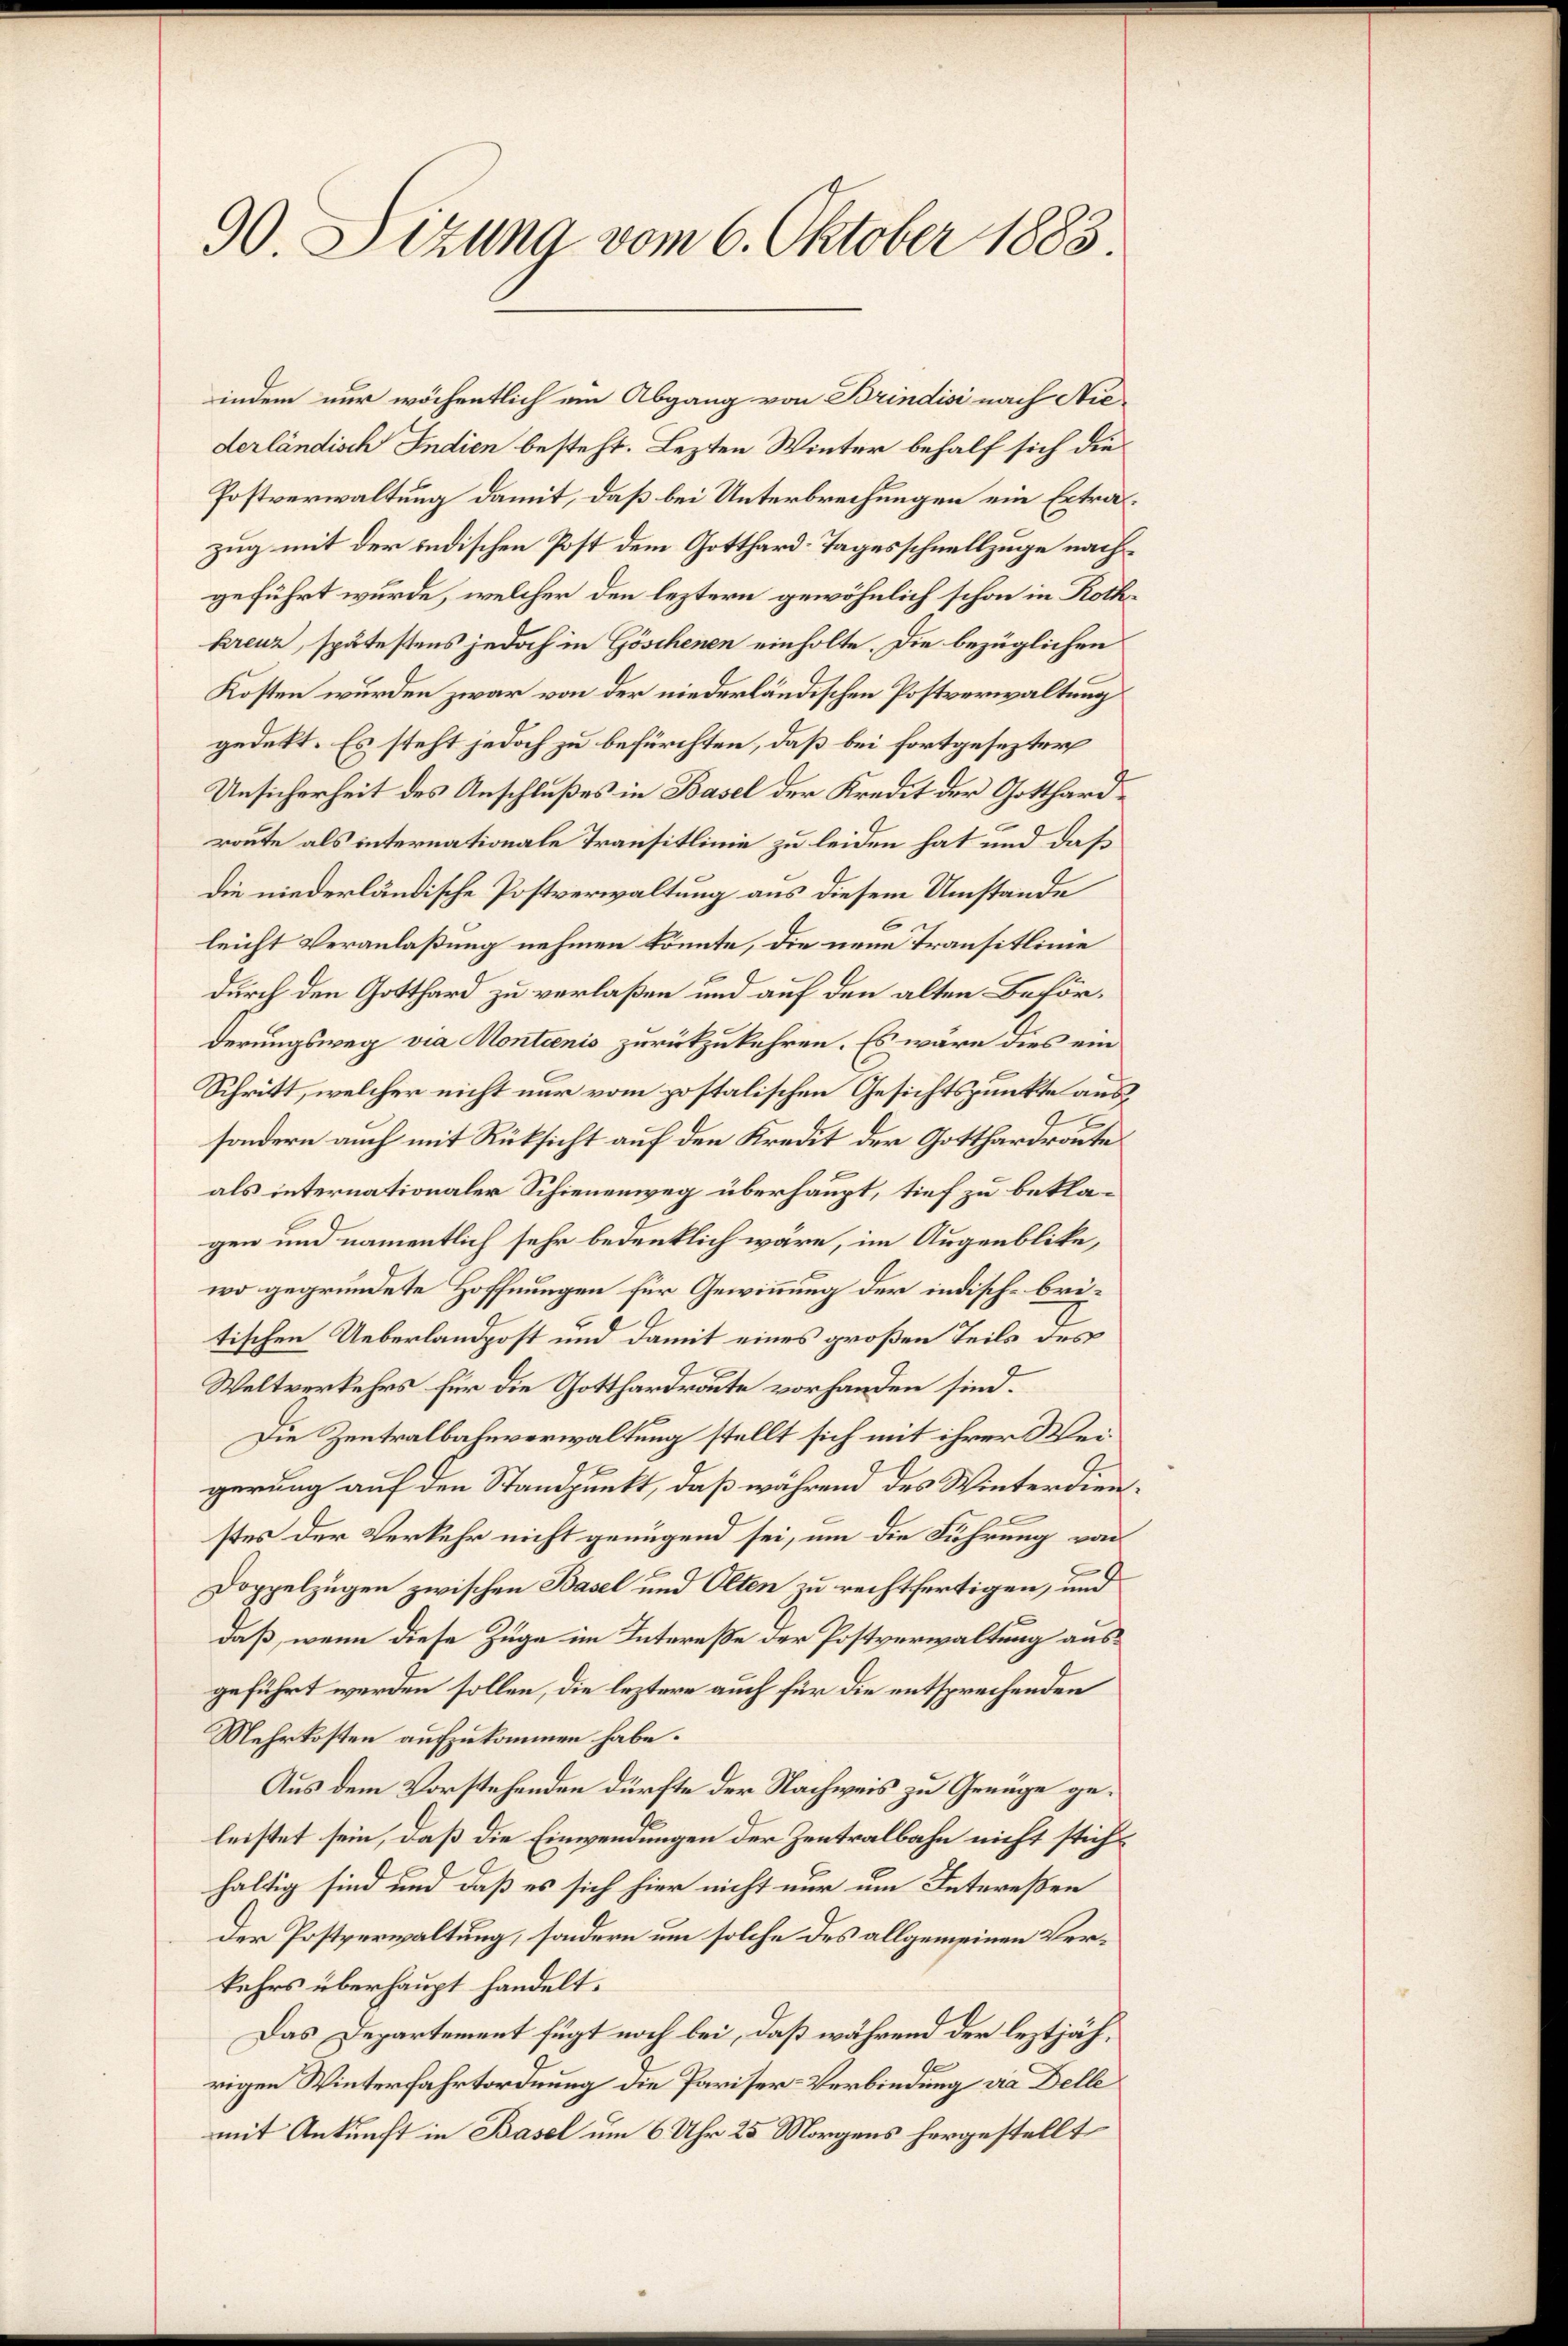
90. Sizung vom 6. Oktober 1883.

indem nur wöchentlich ein Abgang von Brindisi nach Niederländisch Indien besteht. Lezten Winter behalf sich die
Postverwaltung damit, daß bei Unterbrechungen ein Extrazug mit der indischen Post dem Gotthard-Tagesschnellzuge nachgeführt wurde, welcher den leztern gewöhnlich schon in Rothkreuz, spätestens jedoch in Göschenen einholte. Die bezüglichen
Kosten wurden zwar von der niederländischen Postverwaltung
gedekt. Es steht jedoch zu befürchten, daß bei fortgesezter
Unsicherheit des Anschlußes in Basel der Kredit der Gotthardroute als internationale Transitlinie zu leiden hat und daß
Die niederländische Postverwaltung aus diesem Umstände
leicht Veranlaßung nehmen könnte, die neue Transitlinie
durch den Gotthard zu verlaßen und auf den alten Beförderungsweg via Montienis zurückzukehren. Es wäre dies ein
Schritt, welcher nicht nur vom postalischen Gesichtspunkte aus
sondern auch mit Rüksicht auf den Kredit der Gotthardroute
als internationaler Schienenweg überhaupt, tief zu beklagen und namentlich sehr bedenklich wäre, im Augenblicke,
wo gegründete Hoffnungen für Gewinnung der indisch-britischen Ueberlandpost und damit eines großen Teils des
Weltverkehrs für die Gotthardraute vorhanden sind.
Die Zentralbahnverwaltung stellt sich mit ihrer Weigerung auf den Standpunkt, daß während des Winterdienstes der Verkehr nicht genügend sei, um die Führung von
.
Doppelzügen zwischen Basel und Olten zu rechtfertigen, und
daß, wenn diese Züge im Intereße der Postverwaltung ausgeführt werden sollen, die leztere auch für die entsprechenden
Mehrkosten aufzukommen habe.
Aus dem Vorstehenden dürfte der Nachweis zu Genüge geleistet sein, daß die Einwendungen der Zentralbahn nicht stichhaltig sind und daß es sich hier nicht nur um Intereßen
Der Postverwaltung, sondern um solche des allgemeinen Verkehrs überhaupt handelt.
Das Departement fügt noch bei, daß während der leztjährigen Winterfahrtordnung die Pariser-Verbindung die Delle
mit Ankunft in Basel um 6 Uhr 25 Morgens hergestellt